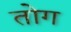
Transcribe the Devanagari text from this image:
तोग